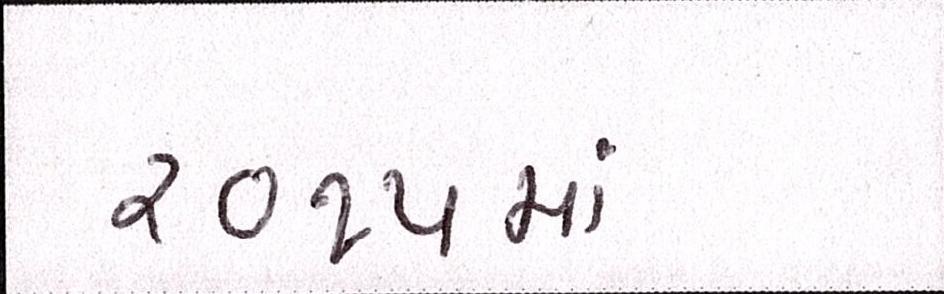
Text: ૨૦૧૫માં